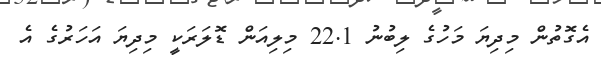
އެގޮތުން މިދިޔަ މަހުގެ ލިބުނު 22.1 މިލިއަން ޑޮލަރަކީ މިދިޔަ އަހަރުގެ އެ